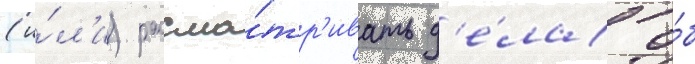
(и́л'и) рассма́тр'ивать д'е́ла о́б